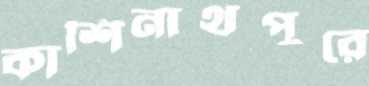
কাশিনাথপুরে